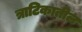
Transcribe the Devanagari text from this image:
त्राटिकातील